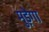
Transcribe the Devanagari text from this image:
मुड़ेगा